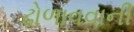
ઢોળાવવાની